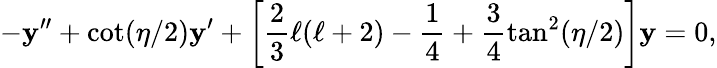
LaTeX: -\mathbf{y}^{\prime\prime}+\cot(\eta/2)\mathbf{y}^{\prime}+\left[\frac{{2}}{{3}}\ell(\ell+2)-\frac{{1}}{{4}}+\frac{{3}}{{4}}\tan^{2}(\eta/2)\right]\mathbf{y}=0,